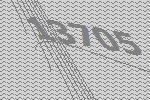
13705